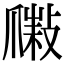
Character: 𤔮